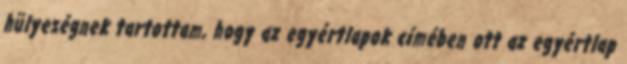
hülyeségnek tartottam, hogy az egyértlapok címében ott az egyértlap